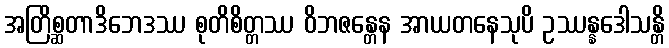
အတြိစ္ဆတာဒိဘေဒဿ စုတိစိတ္တဿ ဝိဘဇန္တေန အာယတနေသုပိ ဥဿန္နဒေါသန္တိ